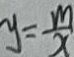
y = \frac { m } { x }